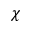
\chi